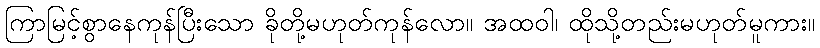
ကြာမြင့်စွာနေကုန်ပြီးသော ခိုတို့မဟုတ်ကုန်လော။ အထဝါ၊ ထိုသို့တည်းမဟုတ်မူကား။